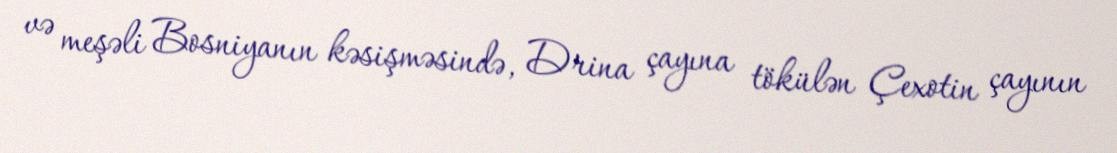
və meşəli Bosniyanın kəsişməsində, Drina çayına tökülən Çexotin çayının